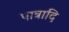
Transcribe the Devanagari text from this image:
पात्रादि